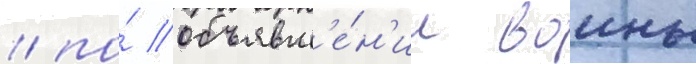
/ по́ объявл'е́н'ии воины